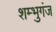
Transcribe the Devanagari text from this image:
शम्भुगंज